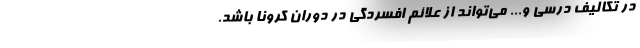
در تکالیف درسی و... می‌تواند از علائم افسردگی در دوران کرونا باشد.